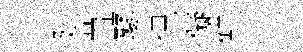
建苕鼕偲儗鮮